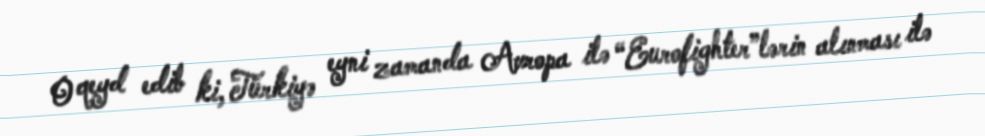
O qeyd edib ki, Türkiyə eyni zamanda Avropa ilə “Eurofighter”lərin alınması ilə